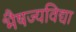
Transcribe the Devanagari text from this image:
भैषज्यविद्या